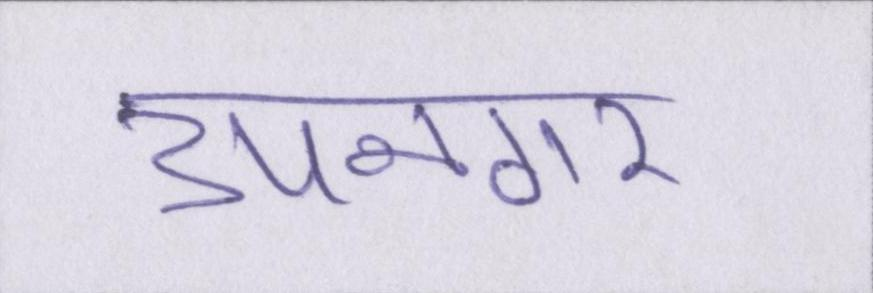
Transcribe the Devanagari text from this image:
उपनगर